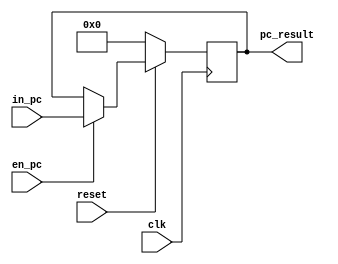
module program_counter(in_pc, en_pc, pc_result, reset, clk); //make sure all flags are defined in all cases
input clk;
input [15:0] in_pc;
input en_pc;
input reset;  // Maybe reset not needed
output reg [15:0] pc_result; // Maybe not 16 bits



always @(posedge clk) //originally en_pc, reset
	begin
	// If reset. Reset the program counter to 0.
	if (!reset) begin
	pc_result = 0; 
	end
	else
		begin
			// If Enable is on. Take the incoming program counter value
			if (en_pc)
				begin
					pc_result <= in_pc;
				end
			// Else, continue with the same program counter	
			else
				begin
					pc_result <= pc_result;
				end
		end
	end
endmodule